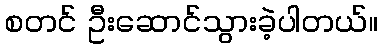
စတင် ဦးဆောင်သွားခဲ့ပါတယ်။